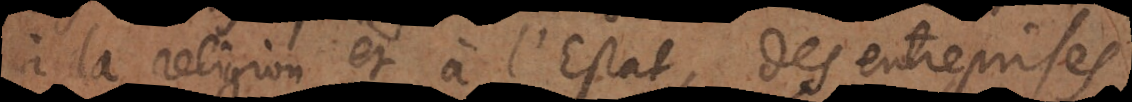
à la religion et à l’Estat, des entreprises